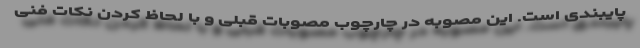
پایبندی است. این مصوبه در چارچوب مصوبات قبلی و با لحاظ کردن نکات فنی